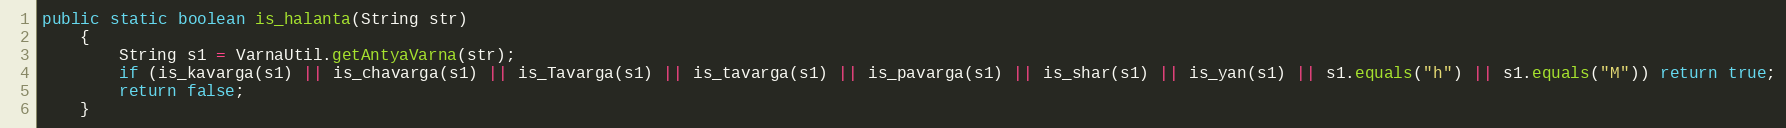
Language: Java
public static boolean is_halanta(String str)
    {
        String s1 = VarnaUtil.getAntyaVarna(str);
        if (is_kavarga(s1) || is_chavarga(s1) || is_Tavarga(s1) || is_tavarga(s1) || is_pavarga(s1) || is_shar(s1) || is_yan(s1) || s1.equals("h") || s1.equals("M")) return true;
        return false;
    }